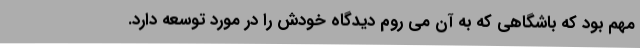
مهم بود که باشگاهی که به آن می روم دیدگاه خودش را در مورد توسعه دارد.